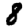
Digit: 8